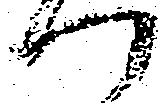
つ